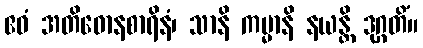
ဧဝံ အတိဓောနစာရိနံ၊ သာနိ ကမ္မာနိ နယန္တိ ဒုဂ္ဂတိံ။